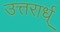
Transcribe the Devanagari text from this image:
उत्तरार्ध्